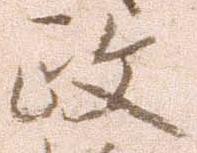
政